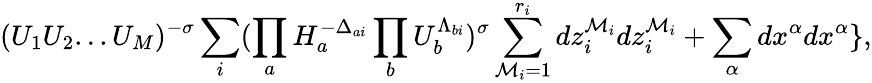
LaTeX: (U_{1}U_{2}...U_{M})^{-\sigma}\sum_{i}(\prod_{a}H_{a}^{-\Delta_{ai}}\prod_{b}U_{b}^{\Lambda_{bi}})^{\sigma}\sum_{\mathcal{M}_{i}=1}^{r_{i}}dz_{i}^{\mathcal{M}_{i}}dz_{i}^{\mathcal{M}_{i}}+\sum_{\alpha}dx^{\alpha}dx^{\alpha}\} ,